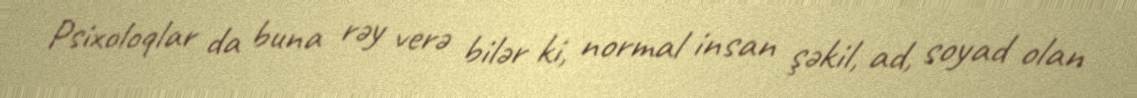
Psixoloqlar da buna rəy verə bilər ki, normal insan şəkil, ad, soyad olan